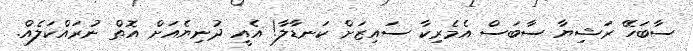
ސާބަހޭ ރަޝިޔާ ސާބަސް އެމެރިކާ ސައިޒަށް ކަނޑާލާ! އެއީ ދުނިޔެއަށް އޮތް ނުރައްކަލެއް.